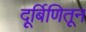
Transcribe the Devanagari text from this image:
दूर्बिणितून